Rangoon Lunatic Asylum 1878-1892 - 1878-1892
Year: 1878
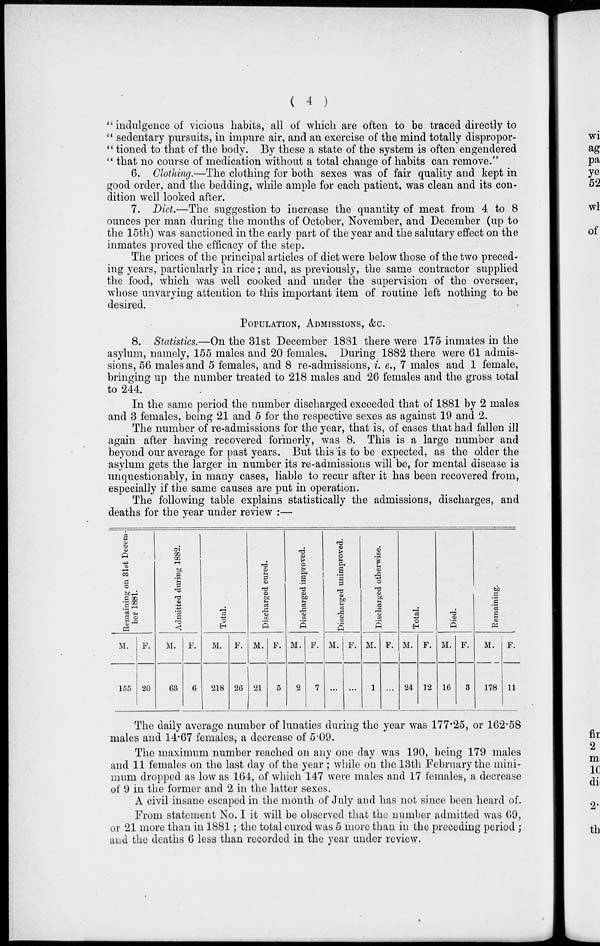
( 4 )
" indulgence of vicious habits, all of which are often to be traced directly to
" sedentary pursuits, in impure air, and an exercise of the mind totally dispropor-
" tioned to that of the body. By these a state of the system is often engendered
" that no course of medication without a total change of habits can remove."
6. Clothing.—The clothing for both sexes was of fair quality and kept in
good order, and the bedding, while ample for each patient, was clean and its con-
dition well looked after.
7. Diet.—The suggestion to increase the quantity of meat from 4 to 8
ounces per man during the months of October, November, and December (up to
the 15th) was sanctioned in the early part of the year and the salutary effect on the
inmates proved the efficacy of the step.
The prices of the principal articles of diet were below those of the two preced-
ing years, particularly in rice; and, as previously, the same contractor supplied
the food, which was well cooked and under the supervision of the overseer,
whose unvarying attention to this important item of routine left nothing to be
desired.
POPULATION, ADMISSIONS, &C.
8. Statistics.—On the 31st December 1881 there were 175 inmates in the
asylum, namely, 155 males and 20 females. During 1882 there were 61 admis-
sions, 56 males and 5 females, and 8 re-admissions, i. e., 7 males and 1 female,
bringing up the number treated to 218 males and 26 females and the gross total
to 244.
In the same period the number discharged exceeded that of 1881 by 2 males
and 3 females, being 21 and 5 for the respective sexes as against 19 and 2.
The number of re-admissions for the year, that is, of cases that had fallen ill
again after having recovered formerly, was 8. This is a large number and
beyond our average for past years. But this is to be expected, as the older the
asylum gets the larger in number its re-admissions will be, for mental disease is
unquestionably, in many cases, liable to recur after it has been recovered from,
especially if the same causes are put in operation.
The following table explains statistically the admissions, discharges, and
deaths for the year under review :—
Remaining on 31st Decem-
ber 1881.
M.
155
F.
20
Admitted during 1882.
M.
63
F.
6
Total.
M.
218
F.
26
Discharged cured.
M.
21
F.
5
Discharged improved.
M.
2
F.
7
Discharged unimproved.
M.
...
F.
...
Discharged otherwise.
M.
1
F.
...
Total.
M.
24
F.
12
Died.
M.
16
F.
3
Remaining.
M.
178
F.
11
The daily average number of lunatics during the year was 177.25, or 162.58
males and 14.67 females, a decrease of 5.09.
The maximum number reached on any one day was 190, being 179 males
and 11 females on the last day of the year ; while on the 13th February the mini-
mum dropped as low as 164, of which 147 were males and 17 females, a decrease
of 9 in the former and 2 in the latter sexes.
A civil insane escaped in the month of July and has not since been heard of.
From statement No. I it will be observed that the number admitted was 69,
or 21 more than in 1881; the total cured was 5 more than in the preceding period ;
and the deaths 6 less than recorded in the year under review.